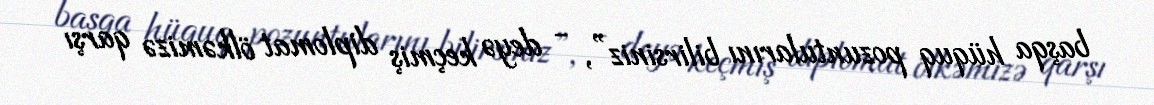
başqa hüquq pozuntularını bilirsiniz”, - deyə keçmiş diplomat ölkəmizə qarşı